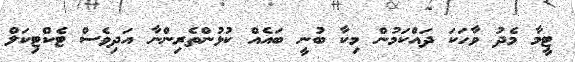
ޓީމާ މެދު ވާހަކަ ދައްކަމުން މިކާ ބުނީ ބައެއް ކުޅުންތެރިންނާ އަދިވެސް ޓެކްޓިކަލް